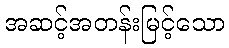
အဆင့်အတန်းမြင့်သော